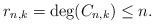
\begin{align*}r_{n,k}= \deg(C_{n,k})\leq n.\end{align*}